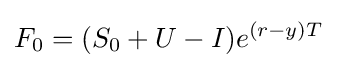
F_{0}=(S_{0}+U-I)e^{(r-y)T}